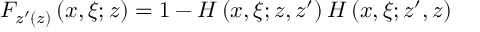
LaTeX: F _ { z ^ { \prime } ( z ) } \left( x , \xi ; z \right) = 1 - H \left( x , \xi ; z , z ^ { \prime } \right) H \left( x , \xi ; z ^ { \prime } , z \right)